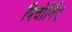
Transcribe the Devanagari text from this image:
पिचोर्निए